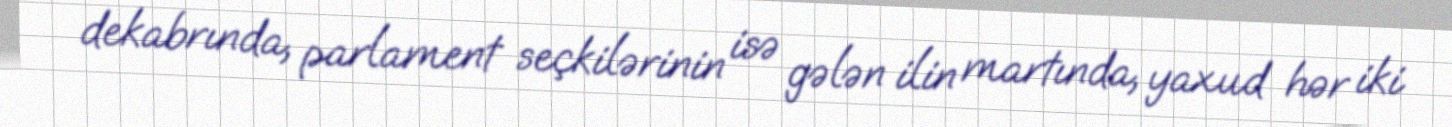
dekabrında, parlament seçkilərinin isə gələn ilin martında, yaxud hər iki